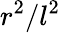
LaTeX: r^{2}/l^{2}